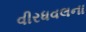
વીરધવલના